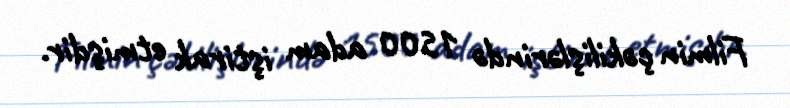
Filmin çəkilişlərində 1500 adam iştirak etmişdir.